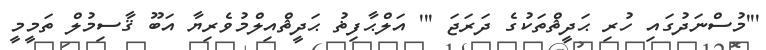
'''މުސްނަދުގައި ހުރި ޙަދީޘްތަކުގެ ދަރަޖަ ''' އަލްޙާފިޡު ޙަދީޘްއިލްމުވެރިޔާ އަބޫ ޤާސިމުލް ތަމީމީ